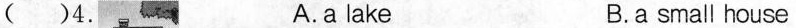
( )4. A.a lake B.a small house